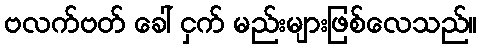
ဗလက်ဗတ် ခေါ် ငှက် မည်းများဖြစ်လေသည်။